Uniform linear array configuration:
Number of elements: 32
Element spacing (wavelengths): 0.5
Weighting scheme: cosine
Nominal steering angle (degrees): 30
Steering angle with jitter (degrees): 29.87
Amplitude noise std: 0.05
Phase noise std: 0.05

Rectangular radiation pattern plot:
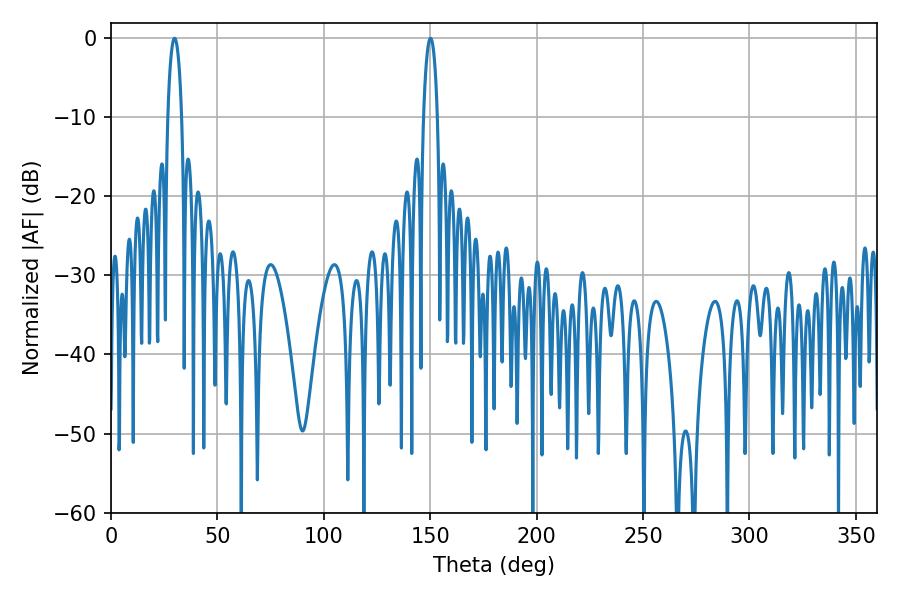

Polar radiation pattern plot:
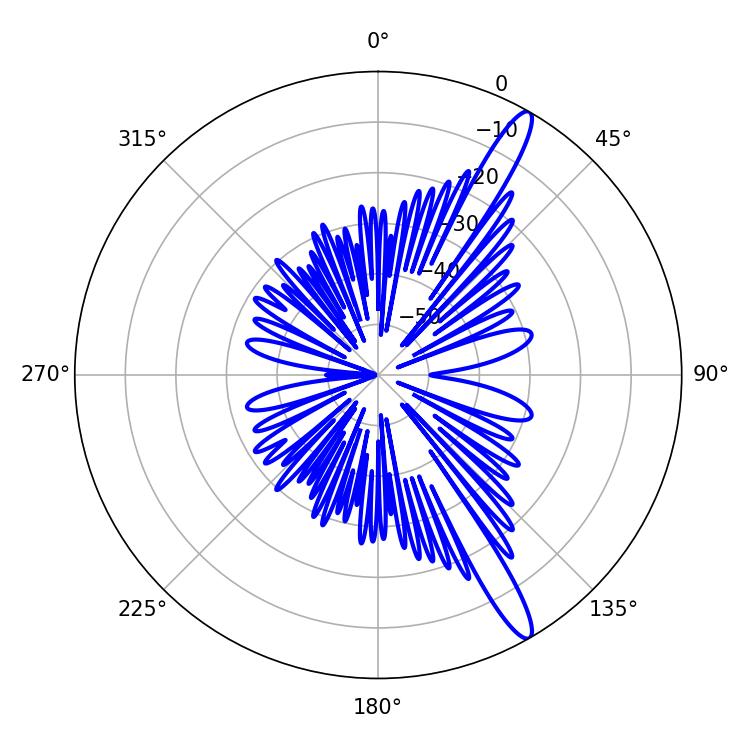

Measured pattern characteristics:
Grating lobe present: FALSE
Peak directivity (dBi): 14.424
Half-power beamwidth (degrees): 3.6
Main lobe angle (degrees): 29.88